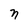
Character: n